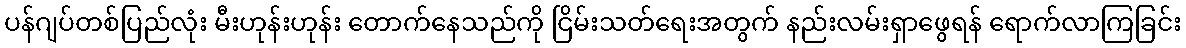
ပန်ဂျပ်တစ်ပြည်လုံး မီးဟုန်းဟုန်း တောက်နေသည်ကို ငြိမ်းသတ်ရေးအတွက် နည်းလမ်းရှာဖွေရန် ရောက်လာကြခြင်း